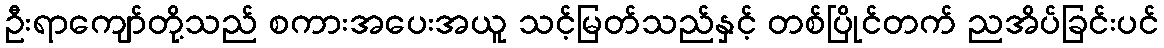
ဦးရာကျော်တို့သည် စကားအပေးအယူ သင့်မြတ်သည်နှင့် တစ်ပြိုင်တက် ညအိပ်ခြင်းပင်